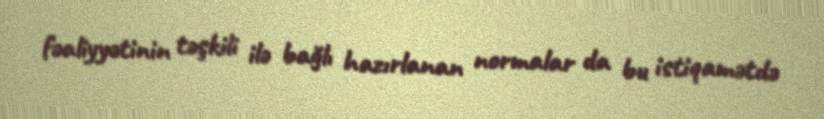
fəaliyyətinin təşkili ilə bağlı hazırlanan normalar da bu istiqamətdə